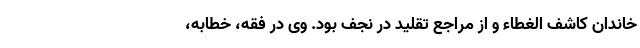
خاندان کاشف الغطاء و از مراجع تقلید در نجف بود. وی در فقه، خطابه،